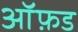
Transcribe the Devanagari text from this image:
आॅफ़ड